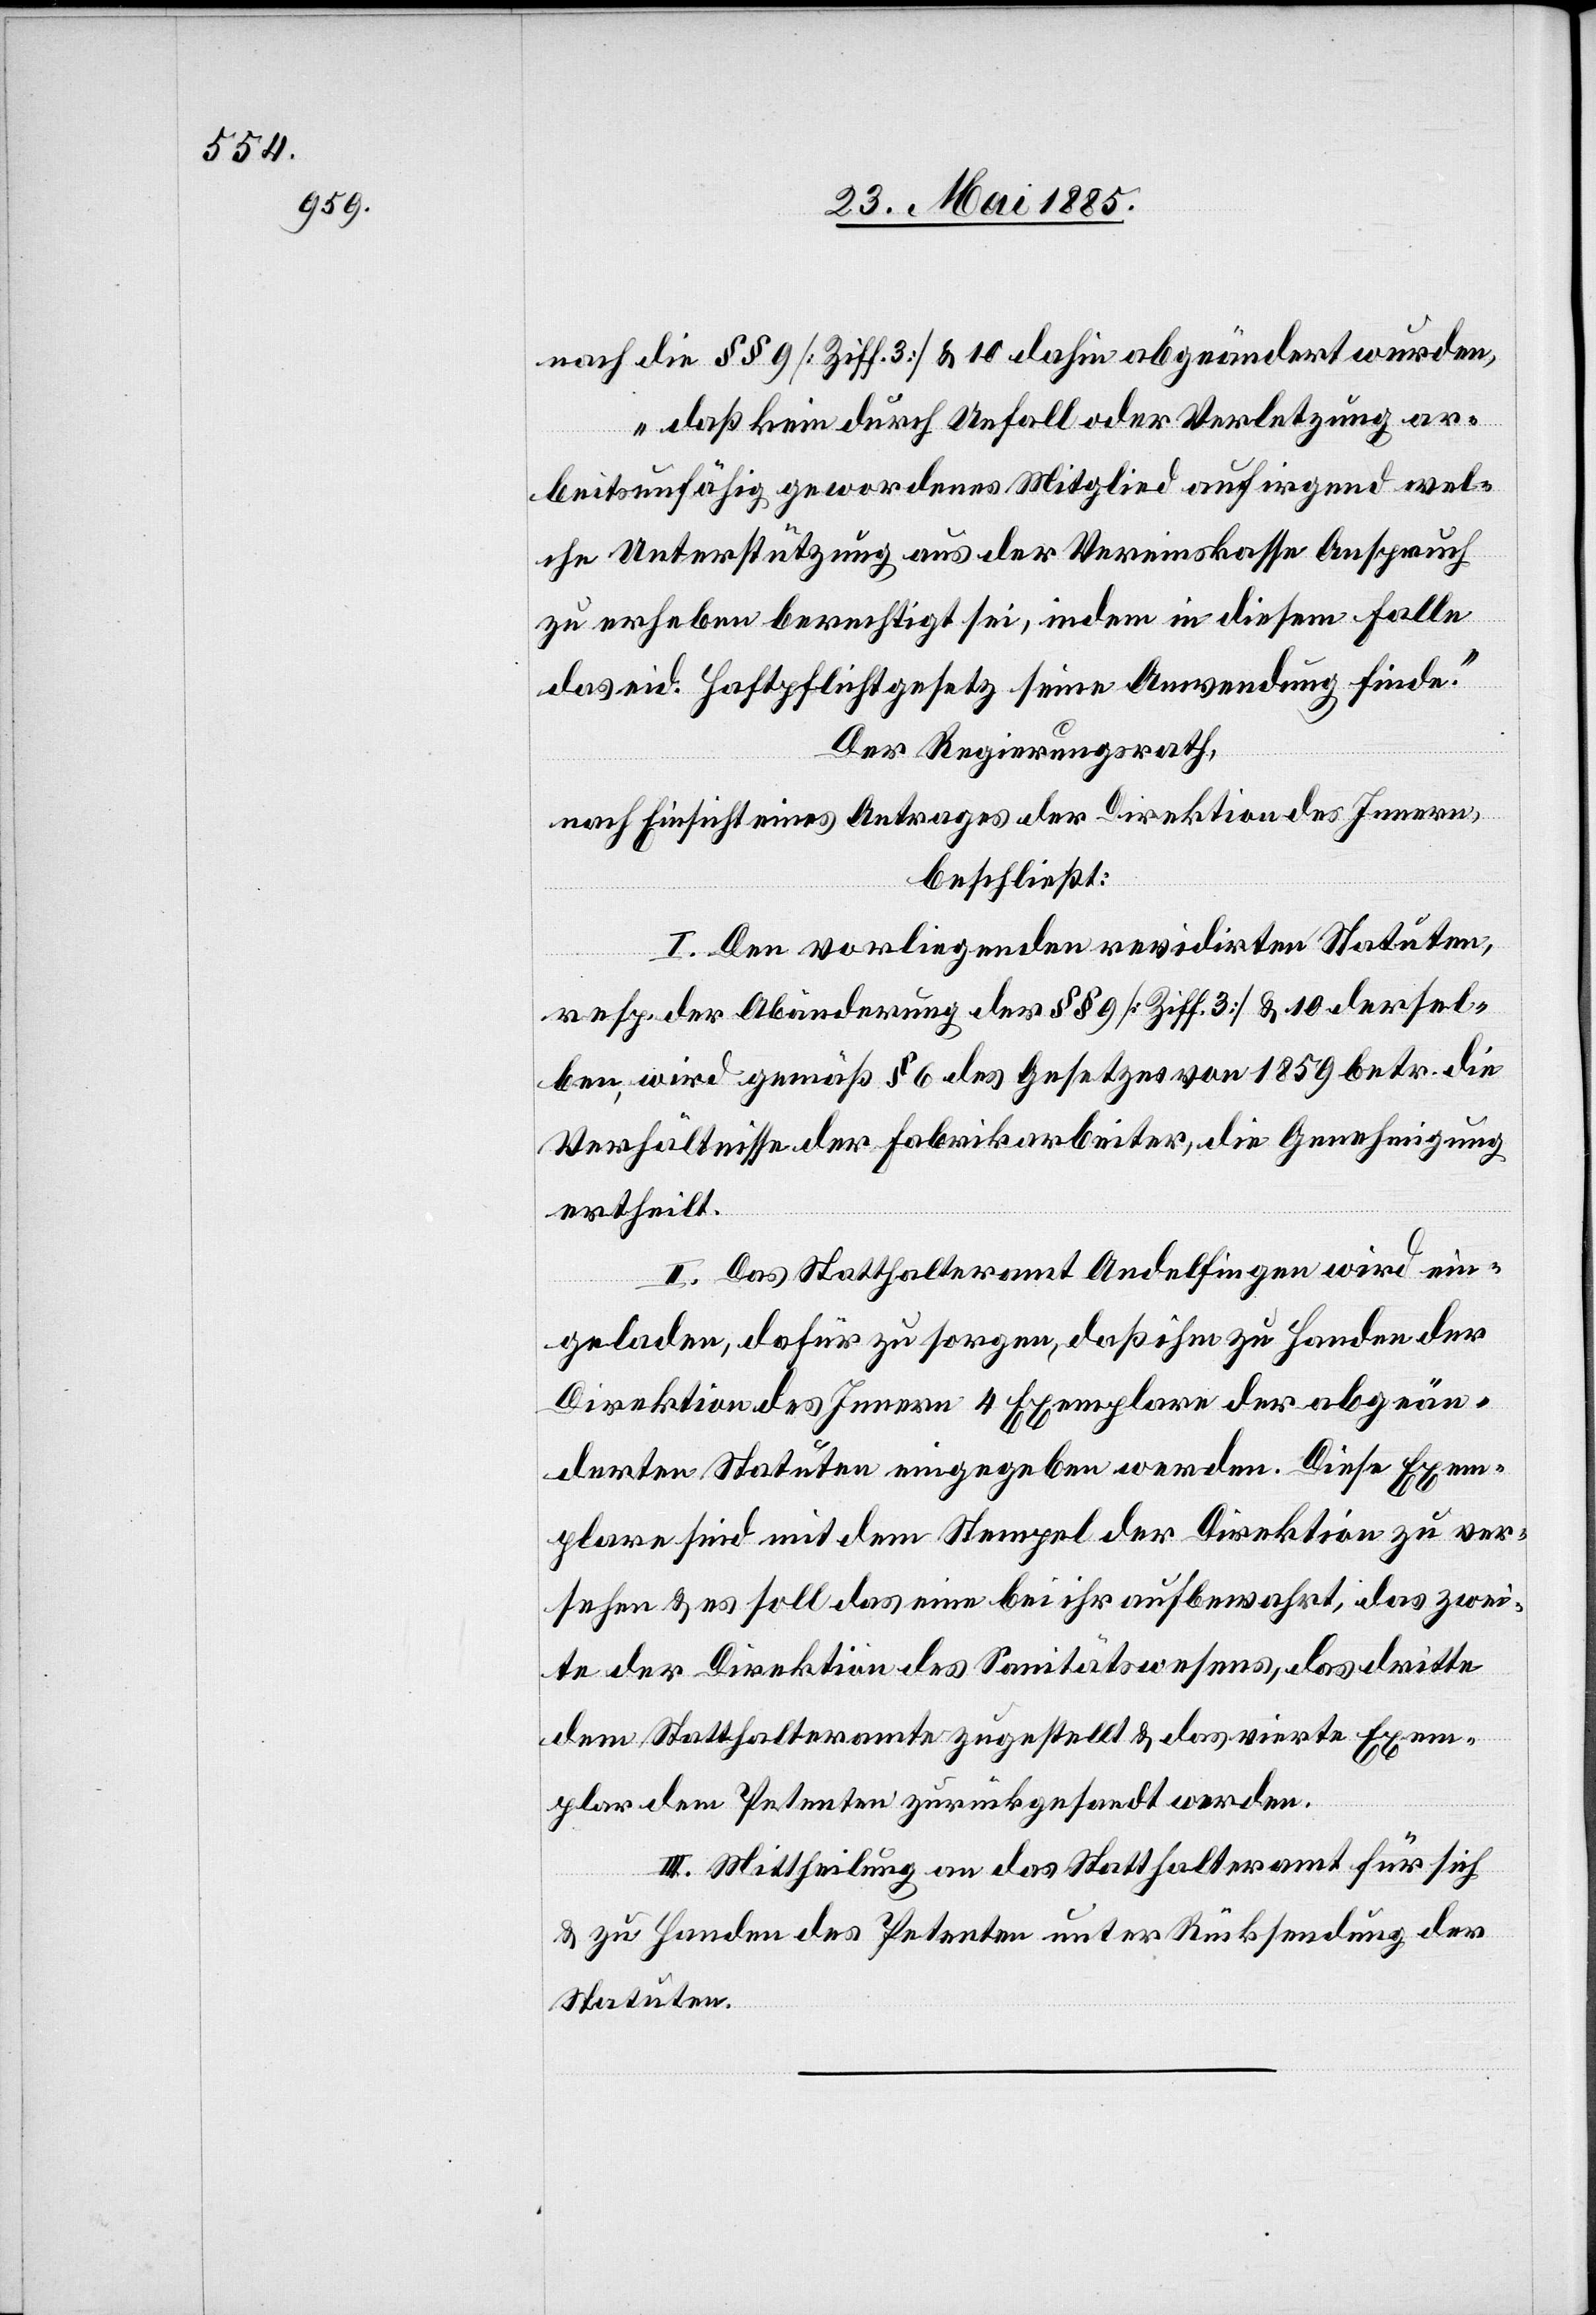
nach die §§ 9 [Ziff. 3] & 10 dahin abgeändert wurden,
„daß kein durch Unfall oder Verletzung ar¬
beitsunfähig gewordenes Mitglied auf irgend wel¬
che Unterstützung aus der Vereinskasse Anspruch
zu erheben berechtigt sei, indem in diesem Falle
das eid. Haftpflichtgesetz seine Anwendung finde.“
Der Regierungsrath,
nach Einsicht eines Antrages der Direktion des Innern,
beschließt:
I. Den vorliegenden revidirten Statuten,
resp. der Abänderung der §§ 9 [Ziff. 3] & 10 dersel¬
ben, wird gemäß § 6 des Gesetzes von 1859 betr. die
Verhältnisse der Fabrikarbeiter, die Genehmigung
ertheilt.
II. Das Statthalteramt Andelfingen wird ein¬
geladen, dafür zu sorgen, daß ihm zu Handen der
Direktion des Innern 4 Exemplare der abgeän¬
derten Statuten eingegeben werden. Diese Exem¬
plare sind mit dem Stempel der Direktion zu ver¬
sehen & es soll das eine bei ihr aufbewahrt, das zwei¬
te der Direktion des Sanitätswesens, das dritte
dem Statthalteramte zugestellt & das vierte Exem¬
plar dem Petenten zurückgesandt werden.
III. Mittheilung an das Statthalteramt für sich
& zu Handen des Petenten unter Rücksendung der
Statuten.